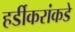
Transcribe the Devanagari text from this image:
हर्डीकरांकडे